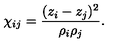
\chi _ { i j } = { \frac { ( z _ { i } - z _ { j } ) ^ { 2 } } { \rho _ { i } \rho _ { j } } } .